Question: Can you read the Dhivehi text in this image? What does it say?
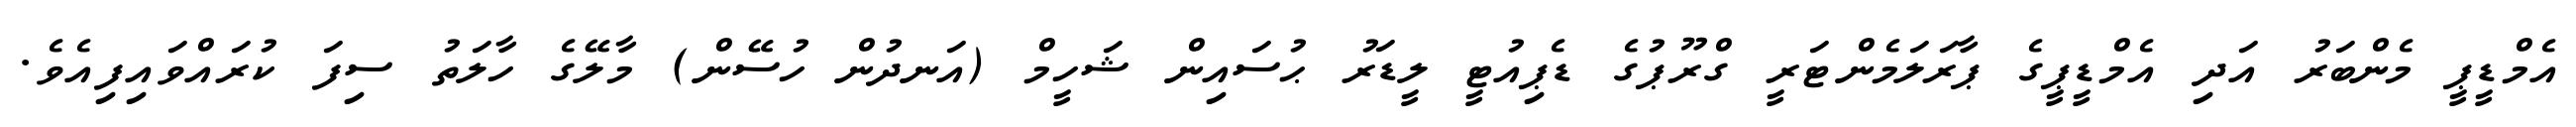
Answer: އެމްޑީޕީ މެންބަރު އަދި އެމްޑީޕީގެ ޕާރަލަމެންޓަރީ ގްރޫޕުގެ ޑެޕިއުޓީ ލީޑަރު ޙުސައިން ޝަހީމް (އަނދުން ހުސޭން) މާލޭގެ ހާލަތު ސިފަ ކުރައްވައިފިއެވެ.